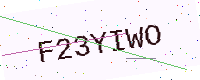
Text: F23YIWO